Problem: 36 - 26 = ?
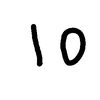
Handwritten answer: 10